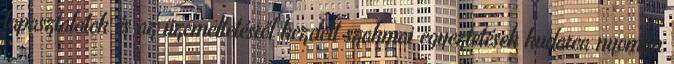
tapasztalatok és az üzemeltetésről kezdett szakmai egyeztetések kudarca nyomán